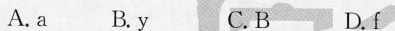
A.a B.y C.B D.f